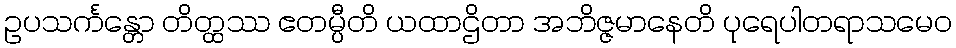
ဥပသင်္ကန္တော တိတ္ထဿ ဧတမ္ပီတိ ယထာဌိတာ အဘိဇ္ဇမာနေတိ ပုရေပါတရာသမေဝ